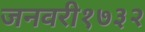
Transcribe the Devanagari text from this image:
जनवरी१७३२